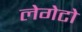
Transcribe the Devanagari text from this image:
लेगेटो